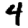
Digit: 4